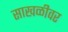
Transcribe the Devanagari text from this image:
साखळीवर